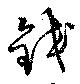
鉸